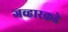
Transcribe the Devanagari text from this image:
जव्हारकडे